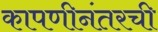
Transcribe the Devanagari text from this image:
कापणीनंतरची